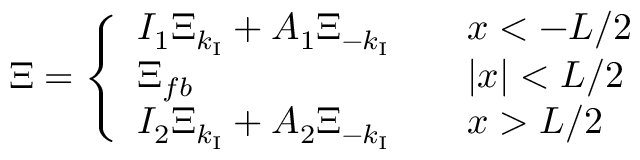
\boldsymbol { \Xi } = \left\{ \begin{array} { l l } { I _ { 1 } \boldsymbol { \Xi } _ { k _ { \operatorname { I } } } + A _ { 1 } \boldsymbol { \Xi } _ { - k _ { \operatorname { I } } } \quad } & { x < - L / 2 } \\ { \boldsymbol { \Xi } _ { f b } \quad } & { \vert x \vert < L / 2 } \\ { I _ { 2 } \boldsymbol { \Xi } _ { k _ { \operatorname { I } } } + A _ { 2 } \boldsymbol { \Xi } _ { - k _ { \operatorname { I } } } \quad } & { x > L / 2 } \end{array} \right.